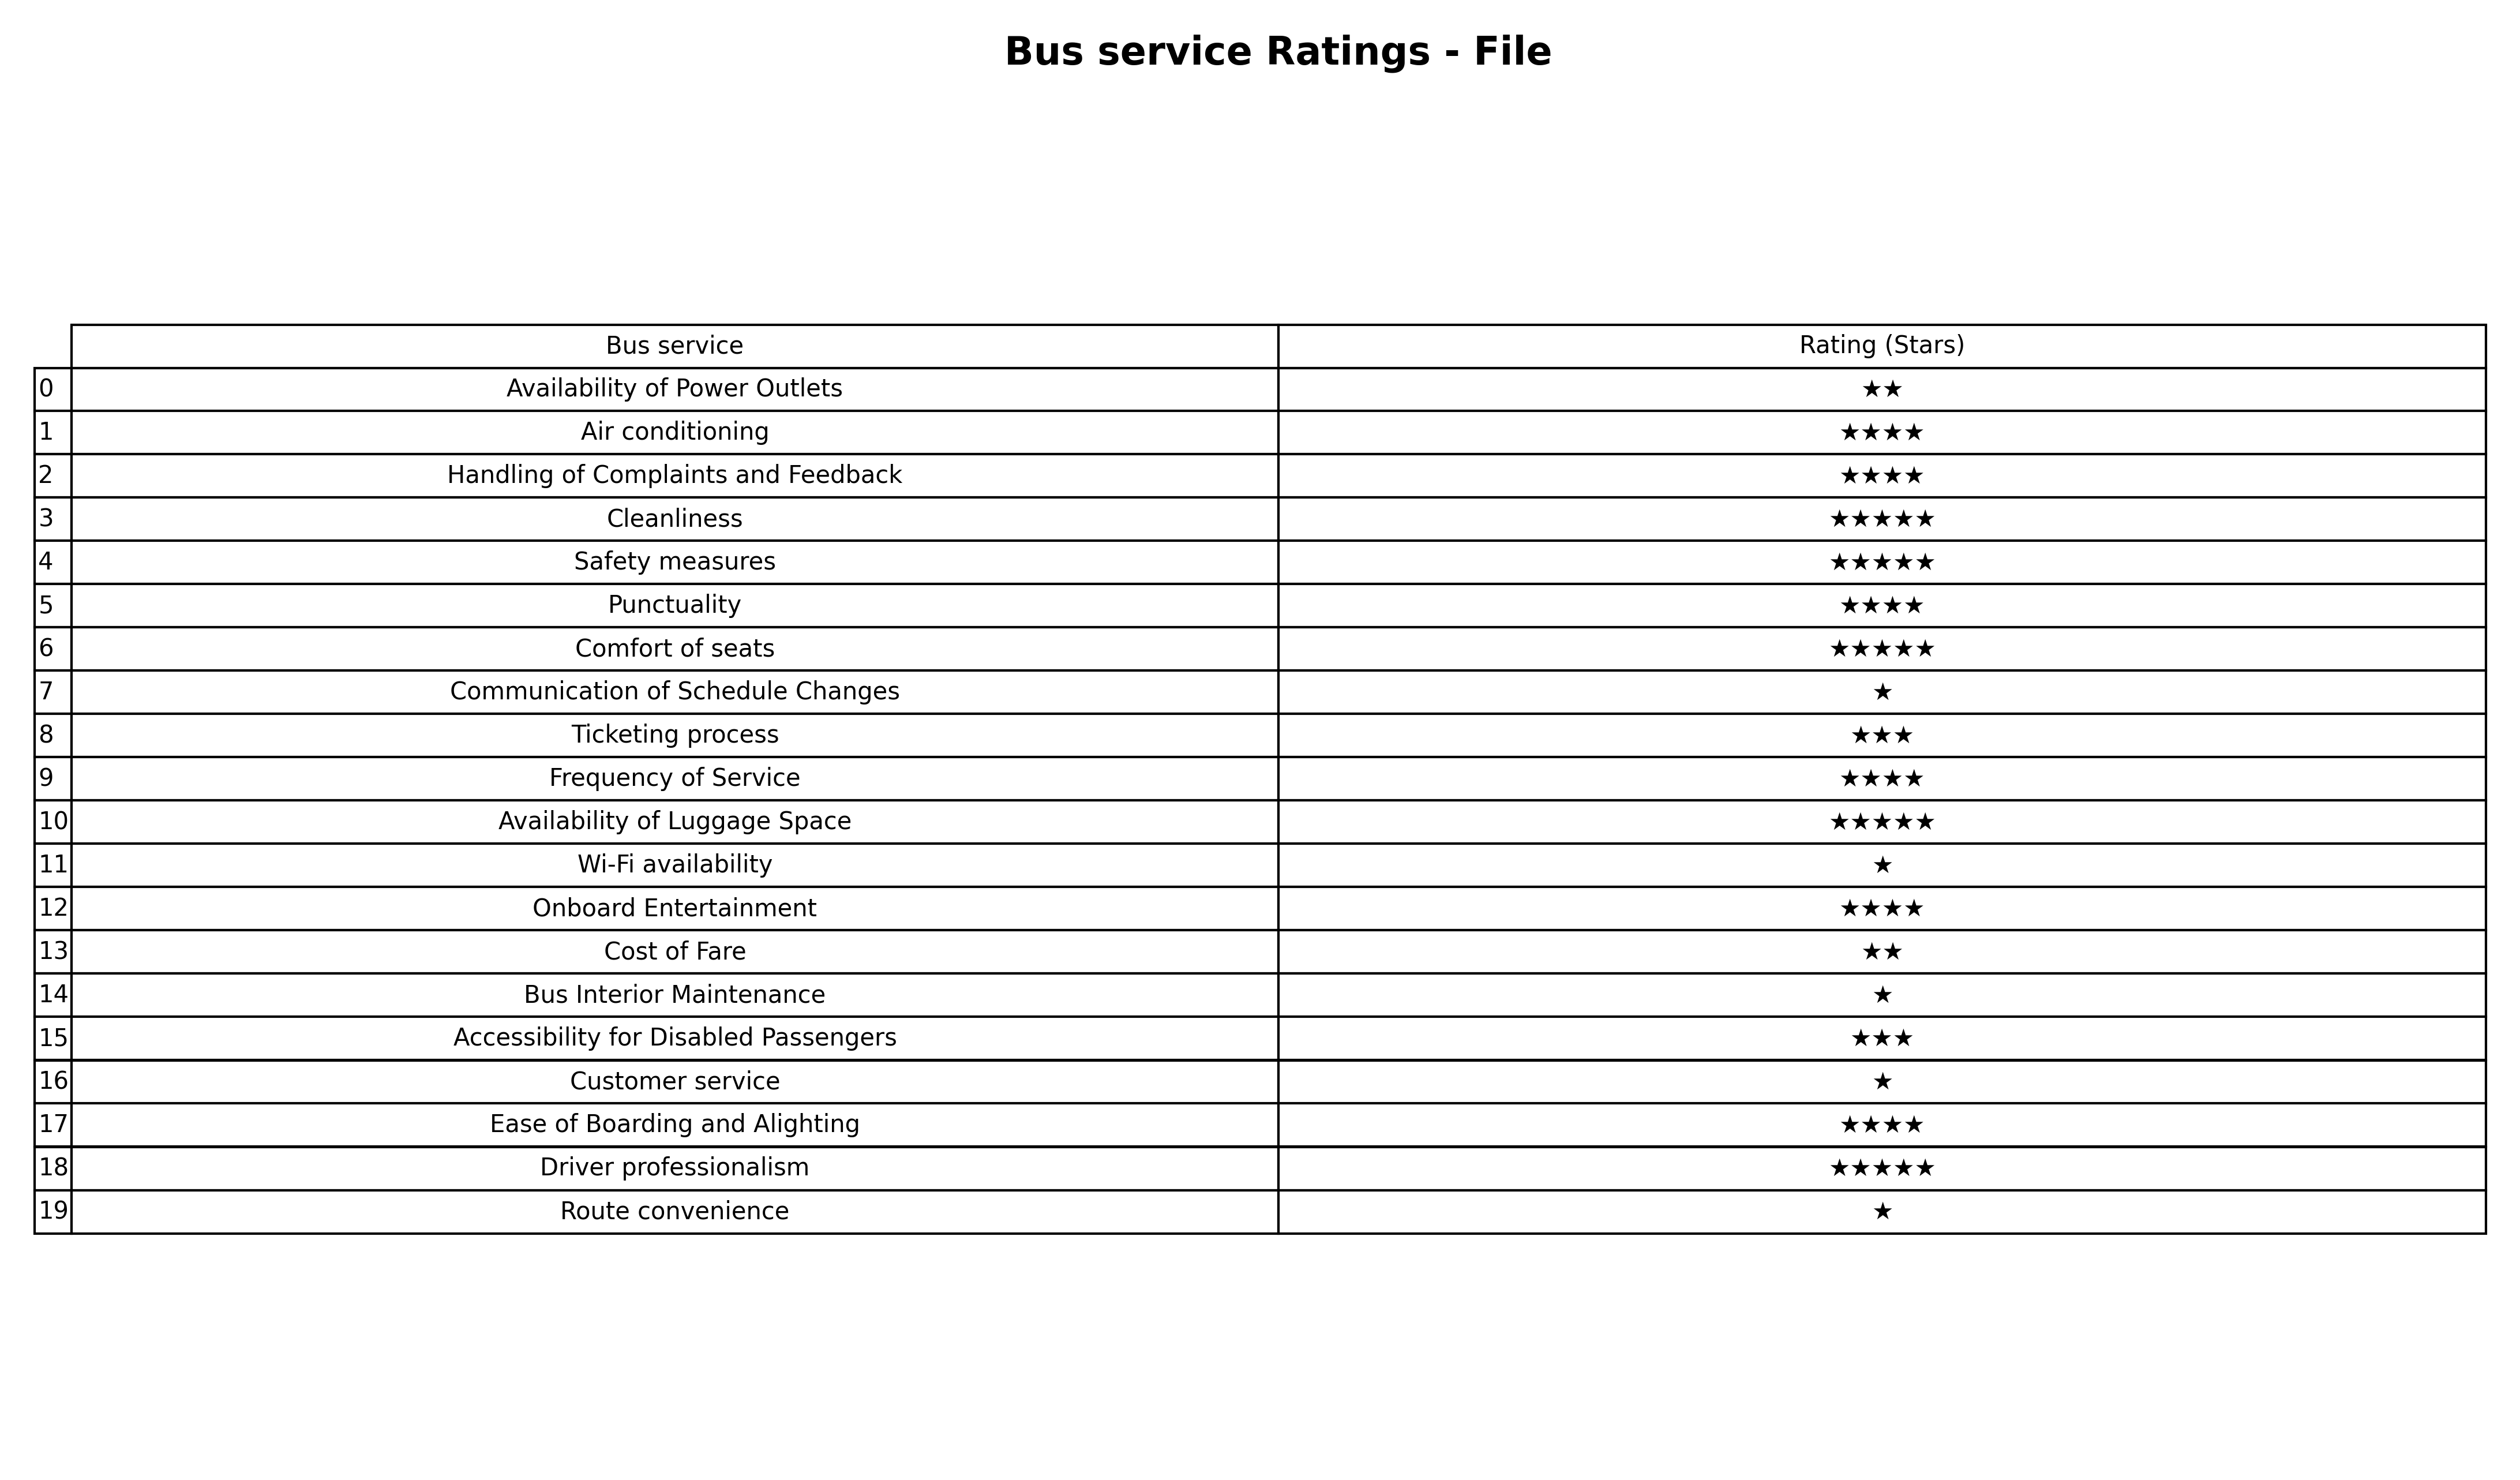
question: What are five star services?
answer: CleanlinessSafety measuresComfort of seatsAvailability of Luggage SpaceDriver professionalism